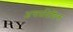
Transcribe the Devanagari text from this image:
अन्तर्प्रादेशिक